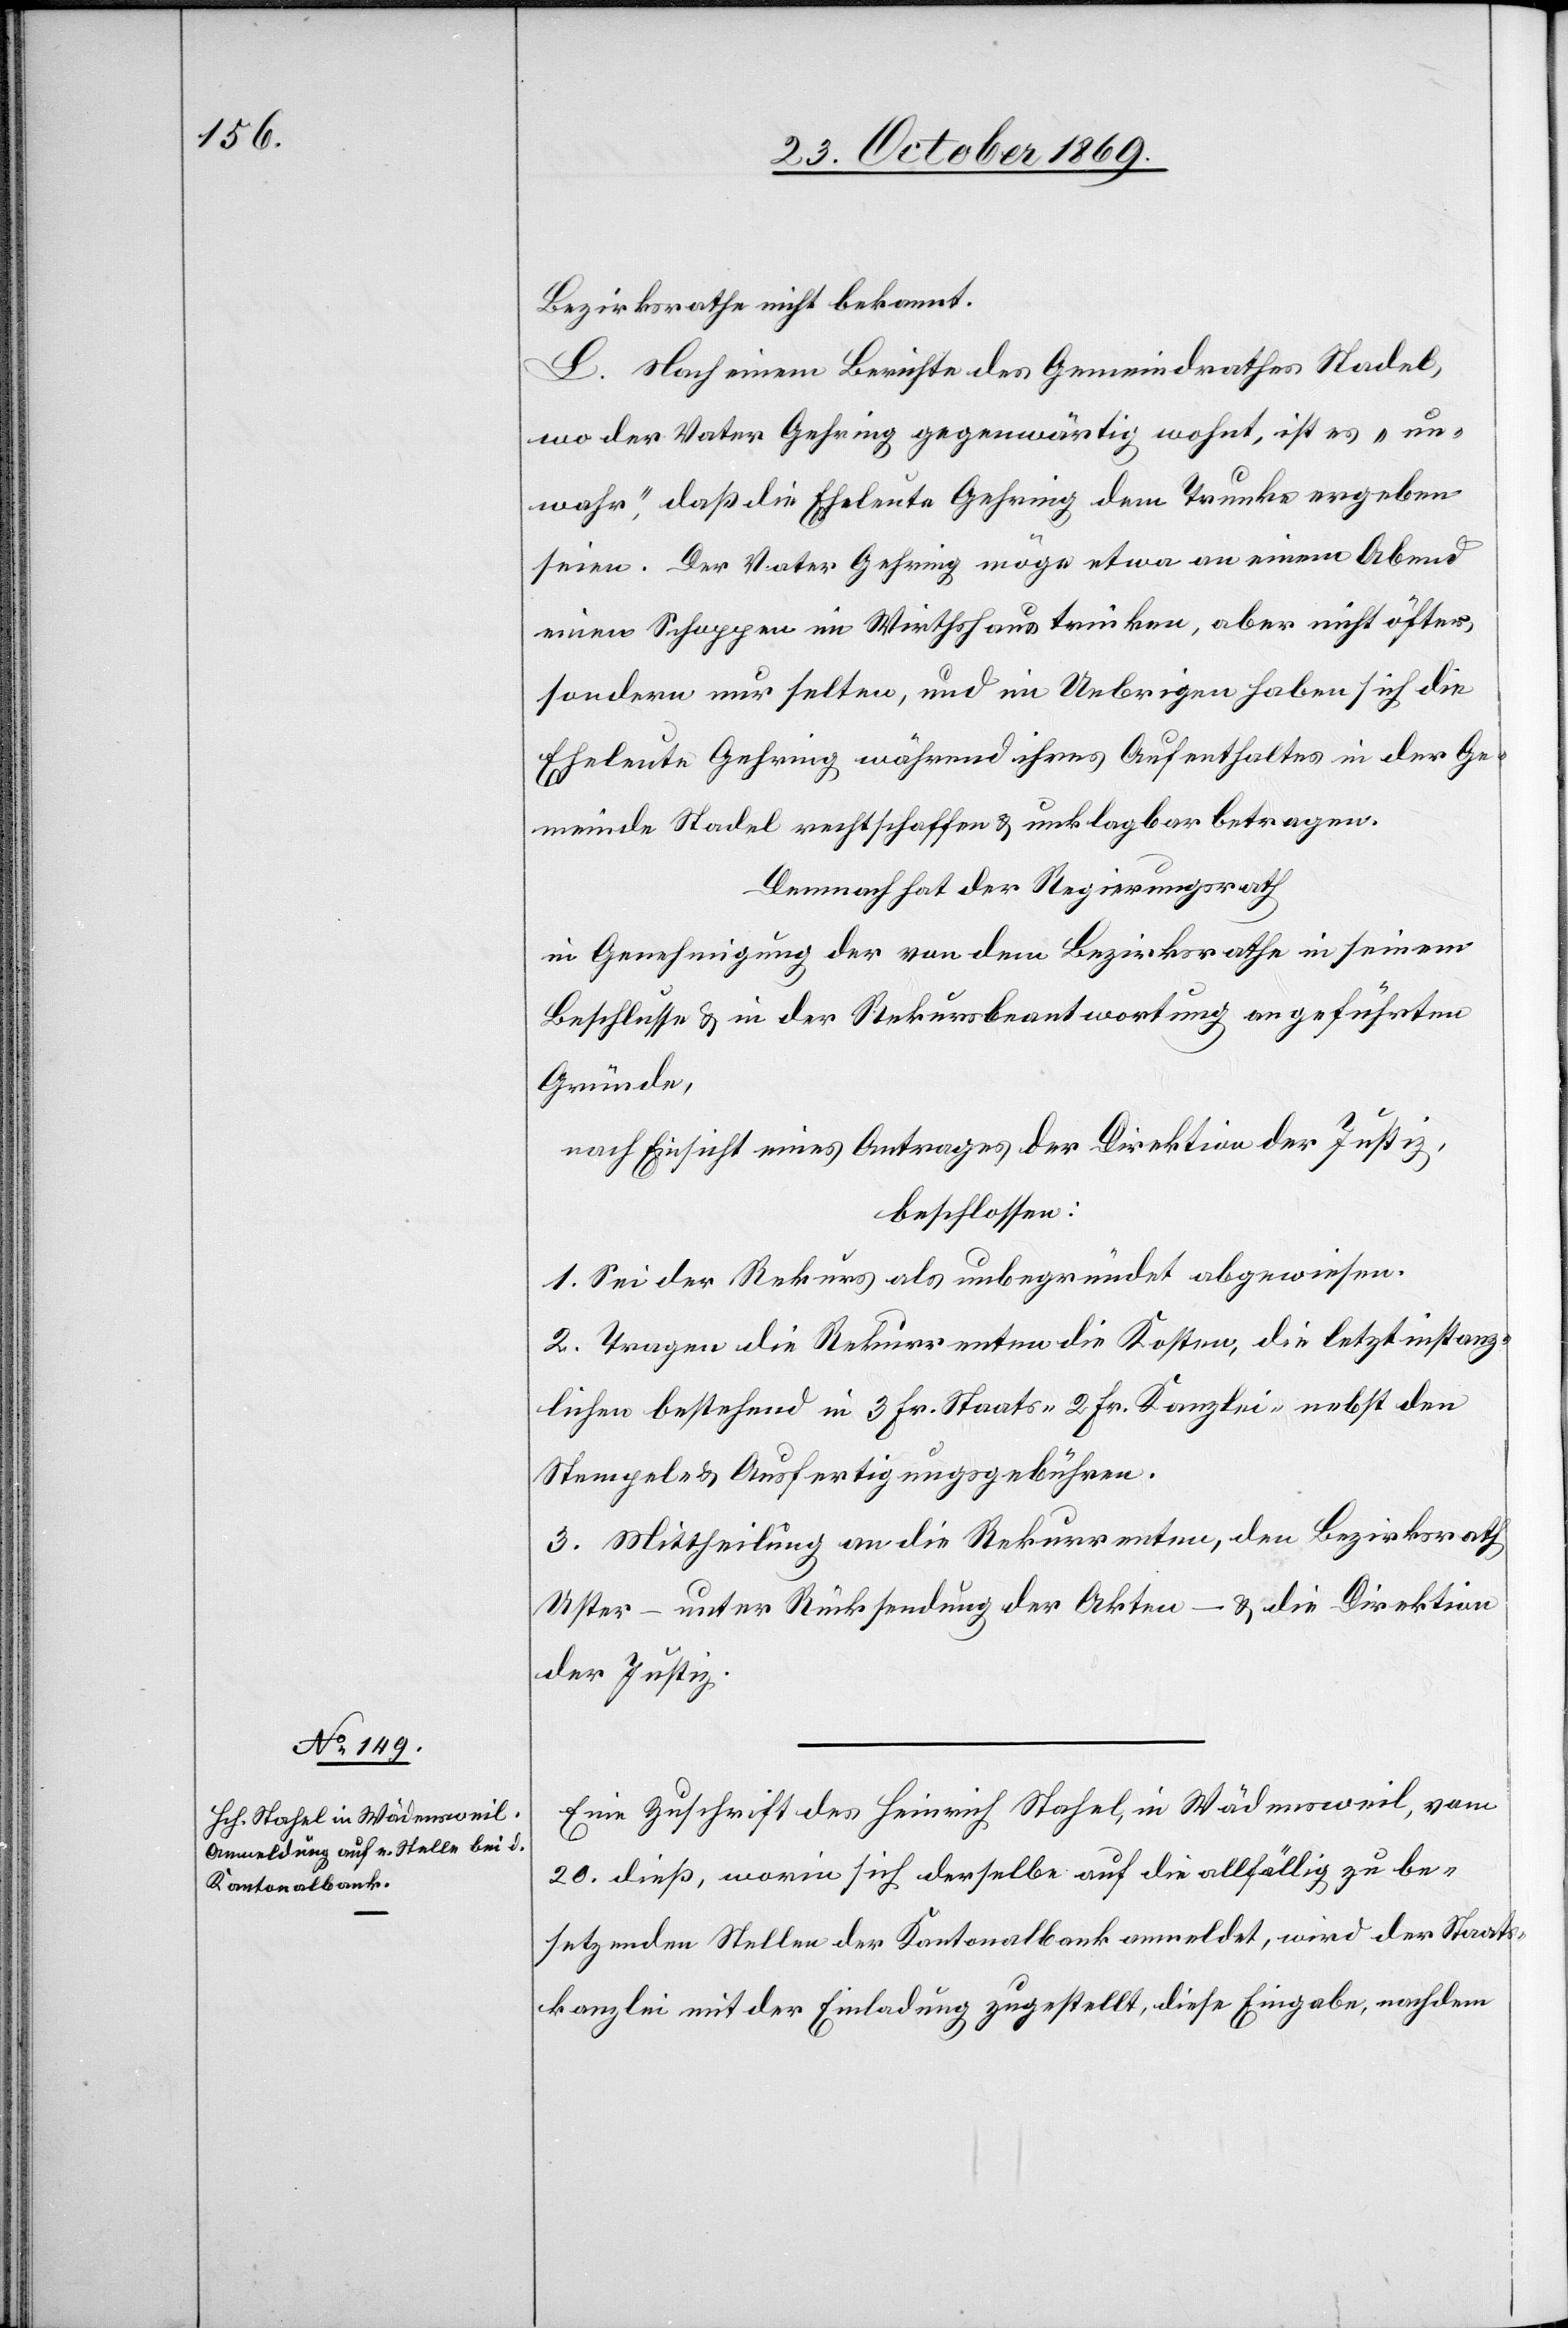
Bezirksrathe nicht bekannt.
L. Nach einem Berichte des Gemeindrathes Stadel,
wo der Vater Gehring gegenwärtig wohnt, ist es „un¬
wahr“, daß die Eheleute Gehring dem Trunke ergeben
seien. Der Vater Gehring möge etwa an einem Abend
einen Schoppen im Wirthshaus trinken, aber nicht öfter,
sondern nur selten, und im Uebrigen haben sich die
Eheleute Gehring während ihres Aufenthaltes in der Ge¬
meinde Stadel rechtschaffen & unklagbar betragen.
Demnach hat der Regierungsrath
in Genehmigung der von dem Bezirksrathe in seinem
Beschlusse & in der Rekursbeantwortung angeführten
Gründe,
nach Einsicht eines Antrages der Direktion der Justiz,
beschlossen:
1. Sei der Rekurs als unbegründet abgewiesen.
2. Tragen die Rekurrenten die Kosten, die letztinstanz¬
lichen bestehend in 3 Fr. Staats-[,] 2 Fr. Kanzlei-[,] nebst den
Stempel- & Ausfertigungsgebühren.
3. Mittheilung an die Rekurrenten, den Bezirksrath
Uster – unter Rücksendung der Akten – & die Direktion
der Justiz.
Eine Zuschrift des Heinrich Stahel, in Wädensweil, vom
20. dieß, worin sich derselbe auf die allfällig zu be¬
setzenden Stellen der Kantonalbank anmeldet, wird der Staats¬
kanzlei mit der Einladung zugestellt, diese Eingabe, nachdem